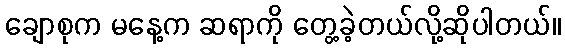
ချောစုက မနေ့က ဆရာကို တွေ့ခဲ့တယ်လို့ဆိုပါတယ်။